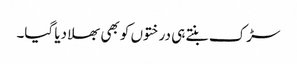
سڑک بنتے ہی درختوں کو بھی بھلا دیا گیا۔